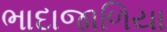
ભાદાજાળિયા